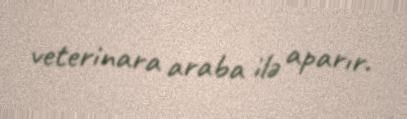
veterinara araba ilə aparır.